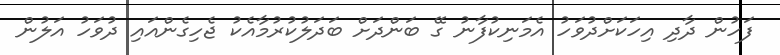
ފަހުން ދާދި އިހަކަށްދުވަހު އެމަނިކުފާނު ގޭ ބަންދަށް ބަދަލުކުރުމާއެކު ޖެހިގެންއައި ދުވަހު އަލުން